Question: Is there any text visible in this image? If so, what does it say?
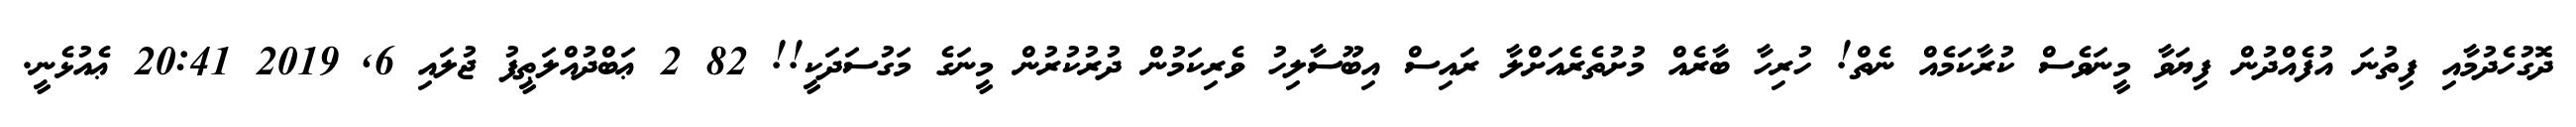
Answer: ދޮގުހެދުމާއި ފިތުނަ އުފެއްދުން ފިޔަވާ މީނަވެސް ކުރާކަމެއް ނެތް! ހުރިހާ ބާރެއް މުށުތެރެއަށްލާ ރައިސް އިބޫސާލިހު ވެރިކަމުން ދުރުކުރުން މީނަގެ މަގުސަދަކީ!! 82 2 ޢަބްދުއްލަޠީފު ޖުލައި 6, 2019 20:41 ޢެއުޅެނީ.